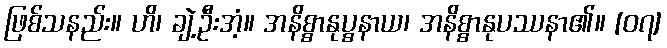
ဖြစ်သနည်း။ ဟိ၊ ချဲ့ဦးအံ့။ အနိစ္စာနုပ္စနာယ၊ အနိစ္စာနုပဿနာ၏။ [၀၇]